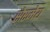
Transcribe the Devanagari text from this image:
सेरमेय